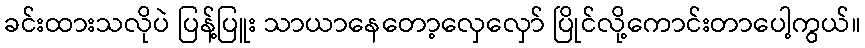
ခင်းထားသလိုပဲ ပြန့်ပြူး သာယာနေတော့လှေလှော် ပြိုင်လို့ကောင်းတာပေါ့ကွယ်။